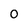
Character: 0